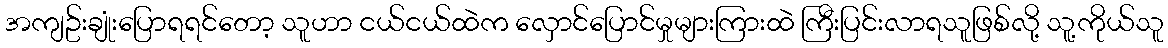
အကျဥ်းချုံးပြောရရင်တော့ သူဟာ ငယ်ငယ်ထဲက လှောင်ပြောင်မှုများကြားထဲ ကြီးပြင်းလာရသူဖြစ်လို့ သူ့ကိုယ်သူ